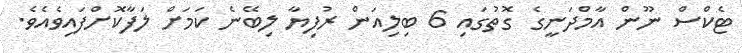
ޓެކްސް ނޫން އާމްދަނީގެ ގޮތުގައި 6 ބިލިއަން ރުފިޔާ ލިބޭނެ ކަމަށް ލަފާކޮށްފައިވެއެވެ.